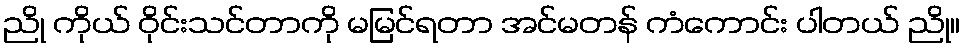
ညို ကိုယ် ဝိုင်းသင်တာကို မမြင်ရတာ အင်မတန် ကံကောင်း ပါတယ် ညို။